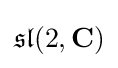
{\mathfrak {sl}}(2,\mathbf {C} )